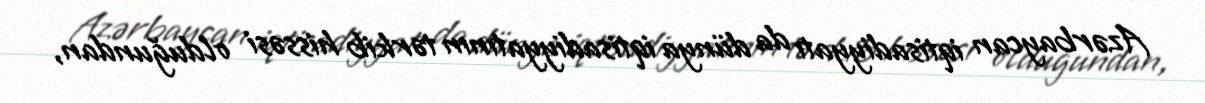
Azərbaycan iqtisadiyyatı da dünya iqtisadiyyatının tərkib hissəsi olduğundan,